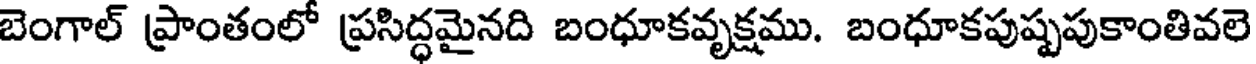
బెంగాల్ ప్రాంతంలో ప్రసిద్ధమైనది బంధూకవృక్షము. బంధూకపుష్పపుకాంతివలె